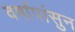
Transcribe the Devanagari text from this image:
वर्षापांसुन